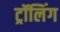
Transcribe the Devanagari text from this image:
ट्रॉलिंग